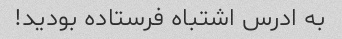
به ادرس اشتباه فرستاده بودید!